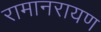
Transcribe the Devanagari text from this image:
रामानरायण